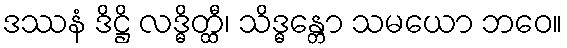
ဒဿနံ ဒိဋ္ဌိ လဒ္ဓိတ္ထီ၊ သိဒ္ဓန္တော သမယော ဘဝေ။